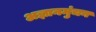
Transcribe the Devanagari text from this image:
अज्ञानमुंचन